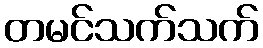
တမင်သက်သက်